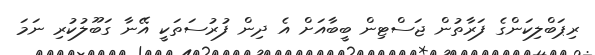
ރިޕަބްލިކަންގެ ފަރާތުން ޖަސްޓިން ބީބާއަށް އެ ދިން ފުރުސަތަކީ އޭނާ ގަބޫލުކުރި ނަމަ